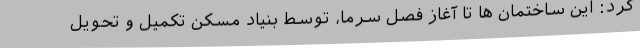
کرد: این ساختمان ها تا آغاز فصل سرما، توسط بنیاد مسکن تکمیل و تحویل